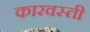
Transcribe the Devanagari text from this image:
कारवस्ती